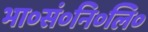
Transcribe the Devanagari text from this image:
भा०सं०नि०लि०